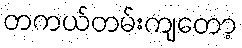
တကယ်တမ်းကျတော့